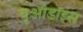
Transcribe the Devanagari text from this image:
यूओडाइस